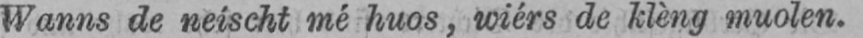
Wanns de neischt mé huos, wiérs de klèng muolen.